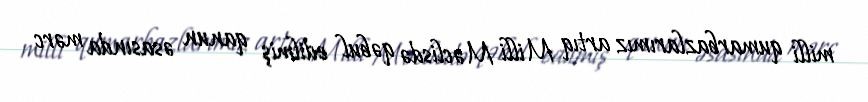
milli qumarbazlarımız artıq Milli Məclisdə qəbul edilmiş qanun əsasında mərc